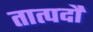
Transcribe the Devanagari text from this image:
तात्पदौ